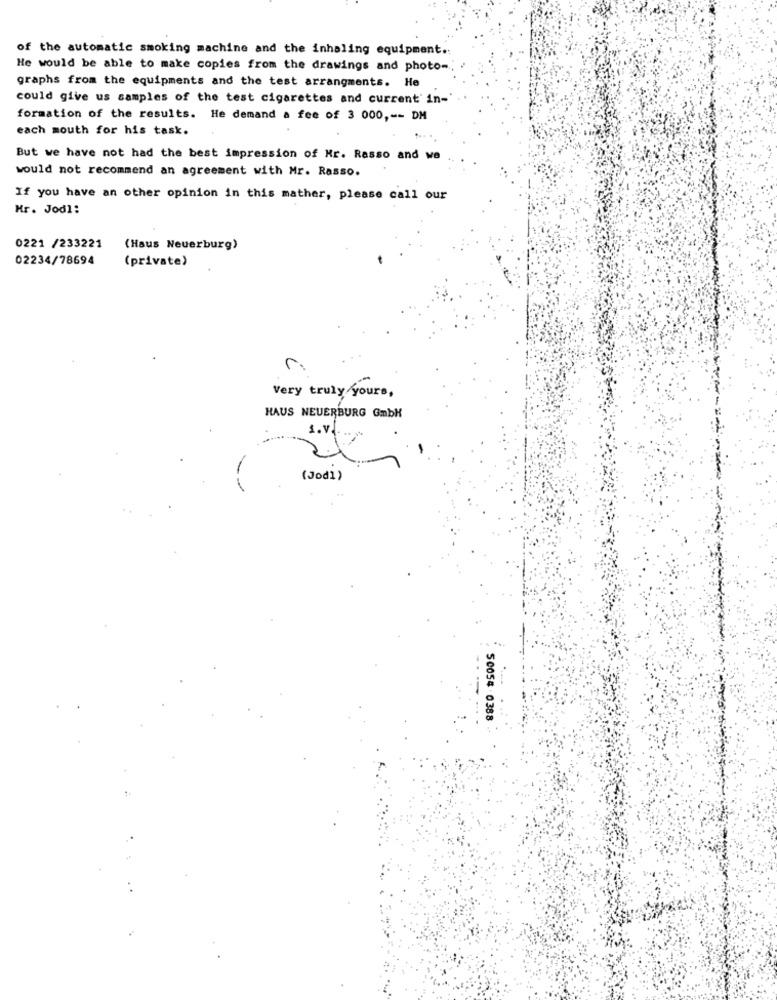
of the automatic smoking machine and the inhaling equipment.
He would be able to make copies from the drawings and photo-
graphs from the equipments and the test arrangments. He
could give us samples of the test cigarettes and current' in-
formation of the results. He demand a fee of 3 000 ,-- DM
each mouth for his task.
But we have not had the best impression of Mr. Rasso and we
would not recommend an agreement with Mr. Rasso.
If you have an other opinion in this mather, please call our
Mr. Jodl:
0221 /233221
(Haus Neuerburg)
02234/78694
(private)
r
Very truly yours,
HAUS NEUERBURG GmbH
s.v.
(Jodi)
.. .
50054 - 0388